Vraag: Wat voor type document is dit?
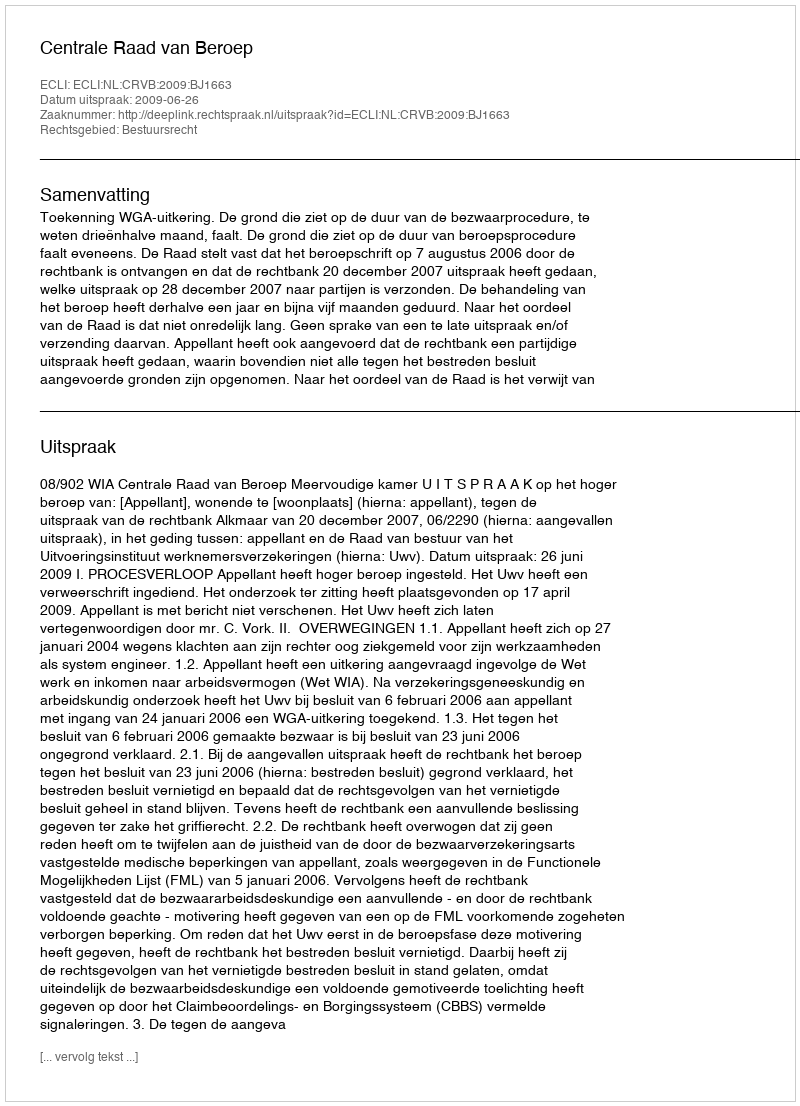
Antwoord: Uitspraak